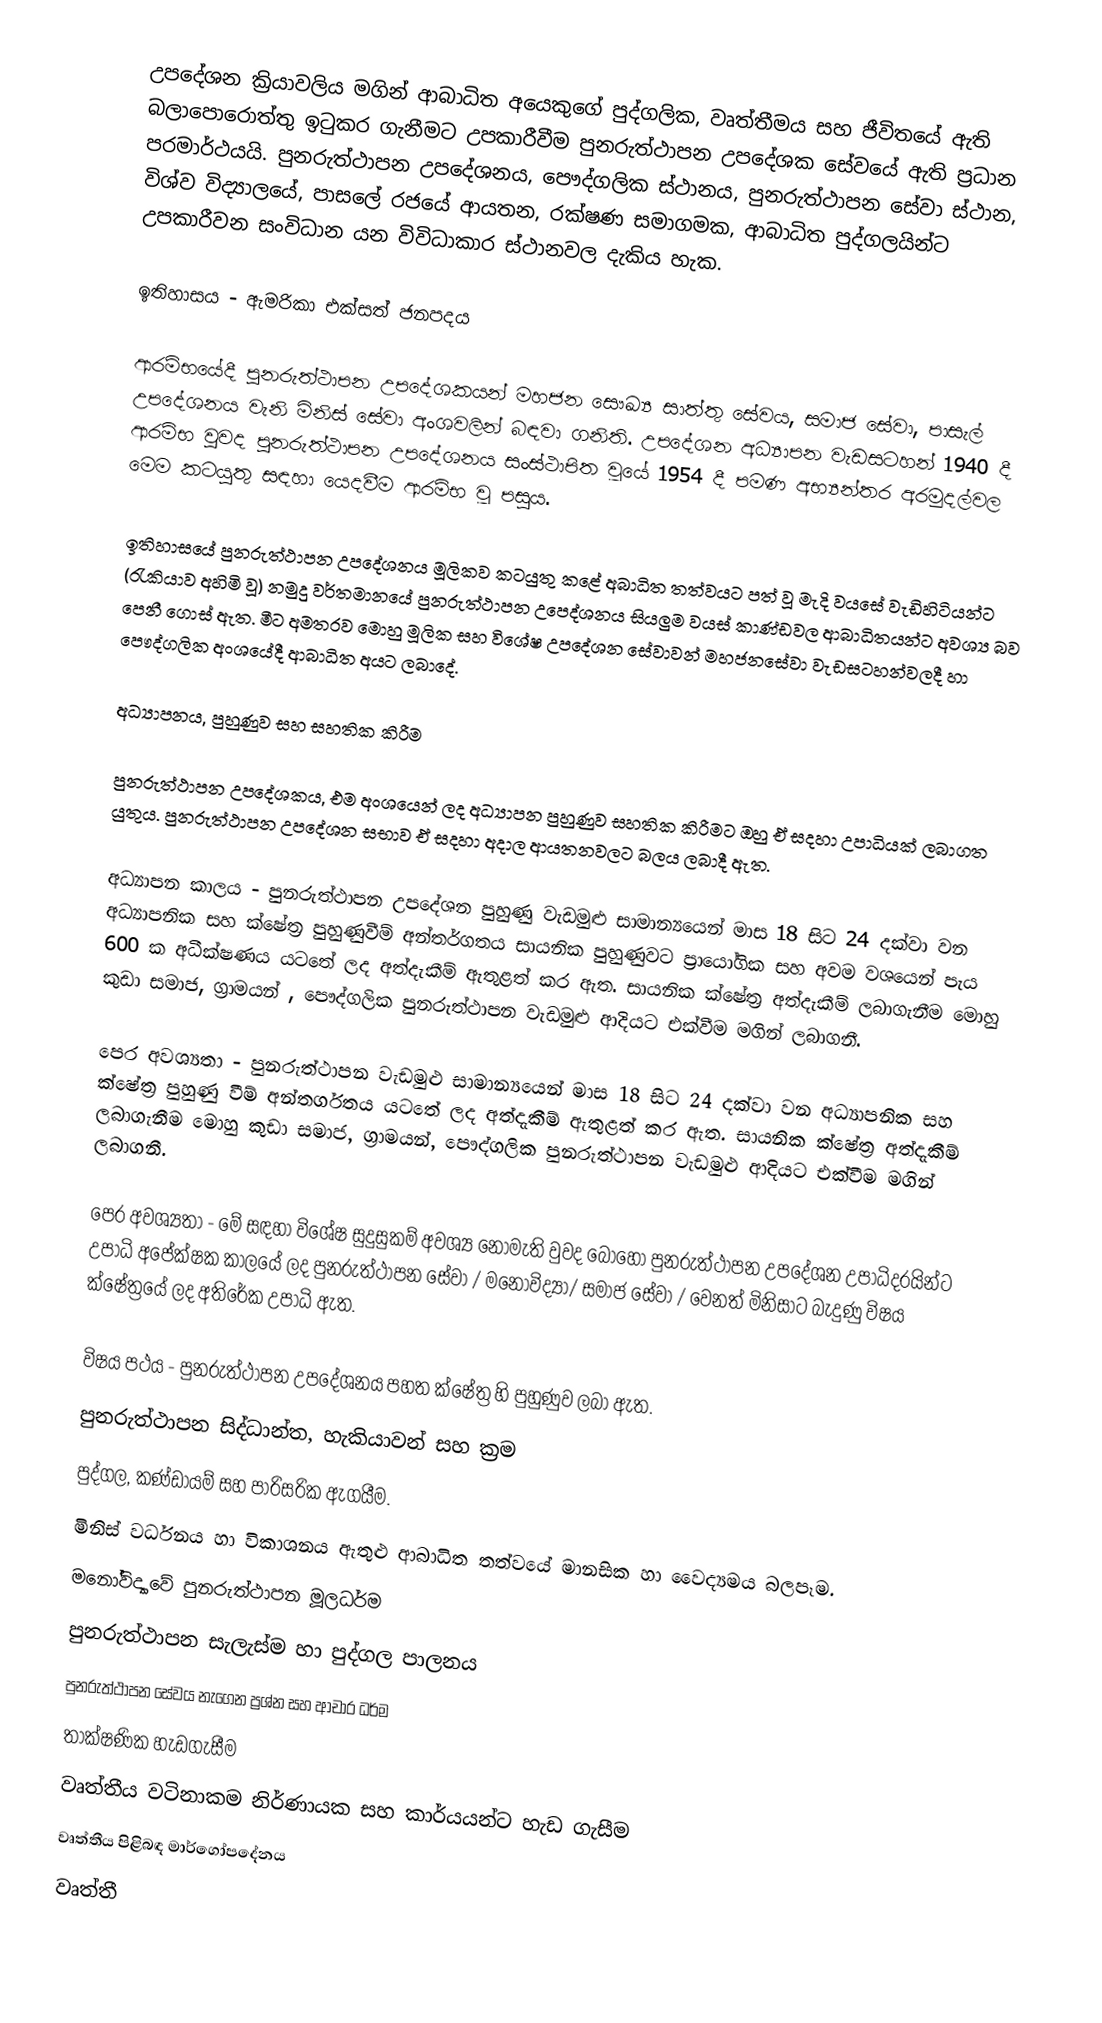
උපදේශන ක්‍රියාවලිය මගින් ආබාධිත අයෙකුගේ පුද්ගලික, වෘත්තීමය සහ ජීවිතයේ ඇති බලාපොරොත්තු ඉටුකර ගැනීමට උපකාරීවීම පුනරුත්ථාපන උපදේශක සේවයේ ඇති ප්‍රධාන පරමාර්ථයයි. පුනරුත්ථාපන උපදේශනය, පෞද්ගලික ස්ථානය, පුනරුත්ථාපන සේවා ස්ථාන, විශ්ව විද්‍යාලයේ, පාසලේ රජයේ ආයතන, රක්ෂණ සමාගමක, ආබාධිත පුද්ගලයින්ට උපකාරීවන සංවිධාන යන විවිධාකාර ස්ථානවල දැකිය හැක.

ඉතිහාසය - ඇමරිකා එක්සත් ජනපදය

ආරම්භයේදී පුනරුත්ථාපන උපදේශකයන් මහජන සෞඛ්‍ය සාත්තු සේවය, සමාජ සේවා, පාසැල් උපදේශනය වැනි මිනිස් සේවා අංශවලින් බඳවා ගනිති. උපදේශන අධ්‍යාපන වැඩසටහන් 1940 දී ආරම්භ වුවද පුනරුත්ථාපන උපදේශනය සංස්ථාපිත වූයේ 1954 දී පමණ අභ්‍යන්තර අරමුදල්වල මෙම කටයුතු සඳහා යෙදවීම ආරම්භ වූ පසුය.

ඉතිහාසයේ පුනරුත්ථාපන උපදේශනය මූලිකව කටයුතු කළේ අබාධිත තත්වයට පත් වූ මැදි වයසේ වැඩිහිටියන්ට (රැකියාව අහිමි වූ) නමුදු වර්තමානයේ පුනරුත්ථාපන උප‍ෙද්ශනය සියලුම වයස් කාණ්ඩවල ආබාධිතයන්ට අවශ්‍ය බව පෙනී ගොස් ඇත. මීට අමතරව මොහු මූලික සහ විශේෂ උපදේශන සේවාවන් මහජනසේවා වැඩසටහන්වලදී හා පෞද්ගලික අංශයේදී ආබාධිත අයට ලබාදේ.

අධ්‍යාපනය, පුහුණුව සහ සහතික කිරීම

පුනරුත්ථාපන උපදේශකය, එම අංශයෙන් ලද අධ්‍යාපන පුහුණුව සහතික කිරීමට ඔහු ඒ සදහා‍ උපාධියක් ලබාගත යුතුය. පුනරුත්ථාපන උපදේශන සභාව ඒ සදහා අදාල ආයතනවලට බලය ලබාදී ඇත.

අධ්‍යාපන කාලය - පුනරුත්ථාපන උපදේශන පුහුණු වැඩමුළු සාමාන්‍යයෙන් මාස 18 සිට 24 දක්වා වන අධ්‍යාපනික සහ ක්ෂේත්‍ර පුහුණුවීම් අන්තර්ගතය සායනික පුහුණුවට ප්‍රායෝගික සහ අවම වශයෙන් පැය 600 ක අධීක්ෂණය යටතේ ලද අත්දැකීම් ඇතුළත් කර ඇත. සායනික ක්ෂේත්‍ර අත්දැකීම් ලබාගැනීම මොහු කුඩා සමාජ, ග්‍රාමයන් , පෞද්ගලික පුනරුත්ථාපන වැඩමුළු ආදියට එක්වීම මගින් ලබාගනී.

පෙර අවශ්‍යතා - පුනරුත්ථාපන වැඩමුළු සාමාන්‍යයෙන් මාස 18 සිට 24 දක්වා වන අධ්‍යාපනික සහ ක්ෂේත්‍ර පුහුණු වීම් අන්තර්ගතය යටතේ ලද අත්දැකීම් ඇතුළත් කර ඇත.  සායනික ක්ෂේත්‍ර අත්දැකීම් ලබාගැනීම මොහු කුඩා සමාජ, ග්‍රාමයන්, පෞද්ගලික පුනරුත්ථාපන වැඩමුළු ආදියට එක්වීම මගින් ලබාගනී.

පෙර අවශ්‍යතා - මේ සඳහා විශේෂ සුදුසුකම් අවශ්‍ය නොමැති වුවද බොහෝ පුනරුත්ථාපන උපදේශන උපාධිදරයින්ට උපාධි අපේක්ෂක කාලයේ ලද පුනරුත්ථාපන සේවා / මනෝවිද්‍යා/ සමාජ සේවා / වෙනත් මිනිසාට බැදුණු විෂය ක්ෂේත්‍රයේ ලද අතිරේක උපාධි ඇත.

විෂය පථය - පුනරුත්ථාපන උපදේශනය පහත ක්ෂේත්‍ර හි පුහුණුව ලබා ඇත.
පුනරුත්ථාපන සිද්ධාන්ත, හැකියාවන් සහ ක්‍රම
පුද්ගල, කණ්ඩායම් සහ පාරිසරික ඇගයීම.
මිනිස් වර්ධනය හා විකාශනය ඇතුළු ආබාධිත තත්වයේ මානසික හා වෛද්‍යමය බලපෑම.
මනෝවිද්‍යාවේ පුනරුත්ථාපන මූලධර්ම
පුනරුත්ථාපන සැලැස්ම හා පුද්ගල පාලනය
පුනරුත්ථාපන සේවය නැගෙන ප්‍රශ්න සහ ආචාර ධර්ම
තාක්ෂණික හැඩගැසීම
වෘත්තීය වටිනාකම නිර්ණායක සහ කාර්යයන්ට හැඩ ගැසීම
වෘත්තීය පිළිබඳ මාර්ගෝපදේනය
වෘත්තී